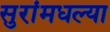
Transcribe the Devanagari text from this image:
सुरांमधल्या